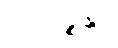
ဩသိဉ္စန္တိပိ